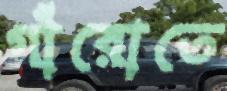
গাঁরোতে